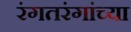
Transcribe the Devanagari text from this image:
रंगतरंगांच्या